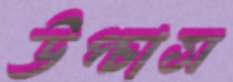
উপ্‌চাস